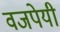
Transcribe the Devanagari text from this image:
वजपेयी